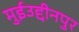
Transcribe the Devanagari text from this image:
मुईउद्दीनपुर